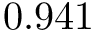
0 . 9 4 1